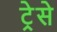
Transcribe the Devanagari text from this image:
ट्रेसे